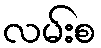
လမ်းစ